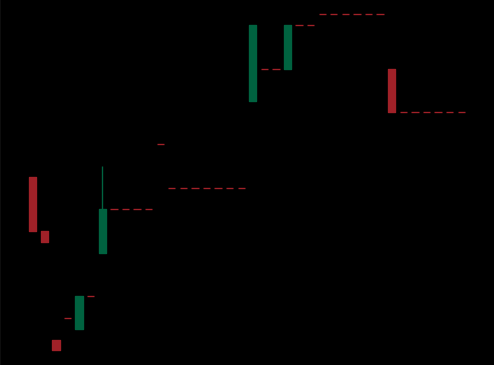
Pattern: bear_flag